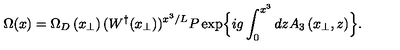
\Omega ( x ) = \Omega _ { D } \left( x _ { \perp } \right) ( W ^ { \dagger } ( x _ { \perp } ) ) ^ { x ^ { 3 } / L } P \exp \Bigl \{ i g \int _ { 0 } ^ { x ^ { 3 } } d z A _ { 3 } \left( x _ { \perp } , z \right) \Bigr \} .